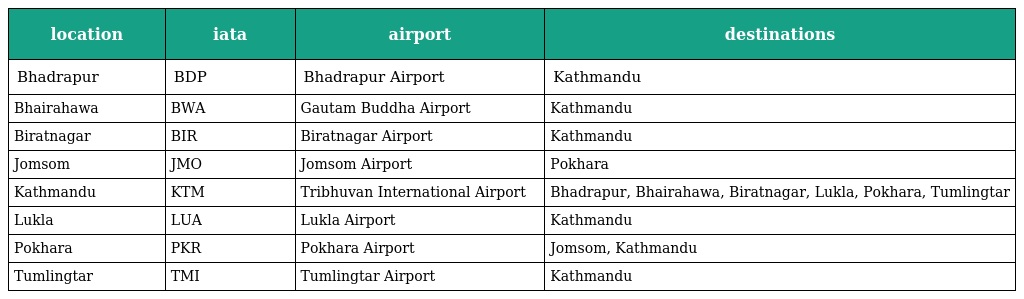
| location | iata | airport | destinations |
 | --- | --- | --- | --- |
 | Bhadrapur | BDP | Bhadrapur Airport | Kathmandu |
 | Bhairahawa | BWA | Gautam Buddha Airport | Kathmandu |
 | Biratnagar | BIR | Biratnagar Airport | Kathmandu |
 | Jomsom | JMO | Jomsom Airport | Pokhara |
 | Kathmandu | KTM | Tribhuvan International Airport | Bhadrapur, Bhairahawa, Biratnagar, Lukla, Pokhara, Tumlingtar |
 | Lukla | LUA | Lukla Airport | Kathmandu |
 | Pokhara | PKR | Pokhara Airport | Jomsom, Kathmandu |
 | Tumlingtar | TMI | Tumlingtar Airport | Kathmandu |